Report on vaccination in Madras 1895-1903 - 1895-1903
Year: 1895
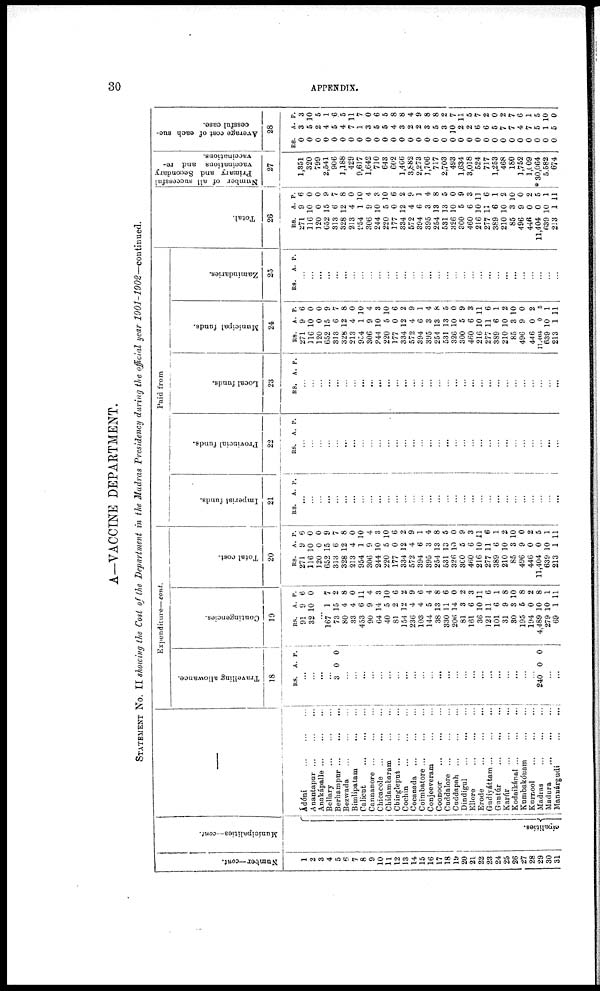
30
APPENDIX.
A—VACCINE DEPARTMENT.
STATEMENT No. II showing the Cost of the Department in the Madras Presidency during the official year 1901-1902—continued.
Number—cont.
1
2
3
4
5
6
7
8
9
10
11
12
13
14
15
16
17
18
19
20
21
22
23
24
25
26
27
28
29
30
31
Municipalities—cont.
cipalities.
—
Ádóni
...
...
...
Anantapnr ... ... ...
Anakápalle
...
...
...
Bellary
...
...
...
Berhampur ... ... ...
Bezwada
...
...
...
Bimlipatam
...
...
Calicut
...
...
...
Cannanore
...
...
...
Chicacole
...
...
...
Chidambaram ... ... ...
Chingleput
...
...
...
Cochin
...
...
...
Cocanada ... ... ...
Coimbatore
...
...
...
Conjeeveram ... ... ...
Coonoor
...
...
...
Cuddalore
...
...
...
Cuddapah
...
...
...
Dindigul
...
...
...
Ellore
...
...
...
Erode
...
...
...
Gudiyáttam ... ... ...
Guntúr
...
...
...
Karúr
...
...
...
Kodaikánal ... ... ...
Kumbakónam
...
...
Kurnool
...
...
...
Madras ... ... ...
Madura
...
...
...
Manuárgudi ... ... ...
Expenditure—cont.
Travelling allowance.
18
RS. A. P.
...
...
...
...
3
0 0
...
...
...
...
...
...
...
...
...
...
...
...
...
...
...
...
...
...
...
...
...
...
...
240 0 0
...
...
Contingencies.
19
RS.
91
32
A.
9
10
P.
6
0
...
167
73
80
33
453
90
64
40
81
154
236
103
144
38
330
206
81
161
36
121
101
31
30
195
194
4,489
279
69
1
15
4
4
6
9
14
5
2
12
4
4
5
13
11
14
3
6
10
11
6
9
3
5
0
10
10
1
7
2
8
0
11
4
3
10
6
2
9
6
4
8
6
0
2
3
11
6
1
8
10
8
2
8
1
11
Total cost.
20
RS.
271
116
120
652
313
328
213
954
306
244
220
177
334
572
394
395
254
531
326
300
460
216
277
389
210
85
496
446
11,404
639
213
A.
9
10
0
15
6
12
4
1
9
10
5
0
12
4
6
3
13
13
10
5
6
10
11
6
10
3
9
0
0
10
1
P.
6
0
0
9
7
8
0
10
4
3
10
6
2
9
1
4
8
5
0
9
3
11
6
1
2
10
0
2
5
1
11
Paid from
Imperial funds.
21
RS. A. P.
...
...
...
...
...
...
...
...
...
...
...
...
...
...
...
...
...
...
...
...
...
...
...
...
...
...
...
...
...
...
...
Provincial funds.
22
RS. A. P.
...
...
...
...
...
...
...
...
...
...
...
...
...
...
...
...
...
...
...
...
...
...
...
...
...
...
...
...
...
...
...
Local funds.
23
RS. A. P.
...
...
...
...
...
...
...
...
...
...
...
...
...
...
...
...
...
...
...
...
...
...
...
...
...
...
...
...
...
...
...
Municipal funds.
24
RS.
271
116
120
652
313
328
213
954
306
244
220
177
334
572
394
395
254
531
326
300
460
216
277
389
210
85
496
446
11,404
639
213
A.
9
10
0
15
6
12
4
1
9
10
5
0
12
4
6
3
13
13
10
5
6
10
11
6
10
3
9
0
0
10
1
P.
6
0
0
9
7
8
0
10
4
3
10
6
2
9
1
4
8
5
0
9
3
11
6
1
2
10
0
2
5
1
11
Zamindaries.
25
RS. A. P.
...
...
...
...
...
...
...
...
...
...
...
...
...
...
...
...
...
...
...
...
...
...
...
...
...
...
...
...
...
...
...
Total.
26
RS.
271
116
120
652
313
328
213
954
306
244
220
177
334
572
394
395
254
531
326
300
460
216
277
389
210
85
496
446
11,404
639
213
A.
9
10
0
15
6
12
4
1
9
10
5
0
12
4
6
3
13
13
10
5
6
10
11
6
10
3
9
0
0
10
1
P.
6
0
0
9
7
8
0
10
4
3
10
6
2
9
1
4
8
5
0
9
3
11
6
1
2
10
0
2
5
1
11
Number of all successful
Primary and Secondary
vaccinations and re-
vaccinations.
27
1,851
320
799
2,541
906
3,188
429
9,617
1,642
710
643
602
1,466
3,882
2,273
1,706
717
2,703
493
1,634
3,018
524
717
1,253
468
180
3,752
1,009
* 30,064
5,582
674
Average cost of each suc-
cessful case.
28
RS.
0
0
0
0
0
0
0
0
0
0
0
0
0
0
0
0
0
0
0
0
0
0
0
0
0
0
0
0
0
0
0
A
3
5
2
4
5
4
7
1
3
5
5
4
3
2
2
3
5
3
10
2
2
6
6
5
7
7
4
7
5
1
5
P.
3
10
5
1
6
5
11
7
0
6
5
8
8
4
9
8
8
2
7
11
5
7
2
0
2
7
6
1
5
10
0